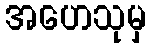
အဟေသုမှ